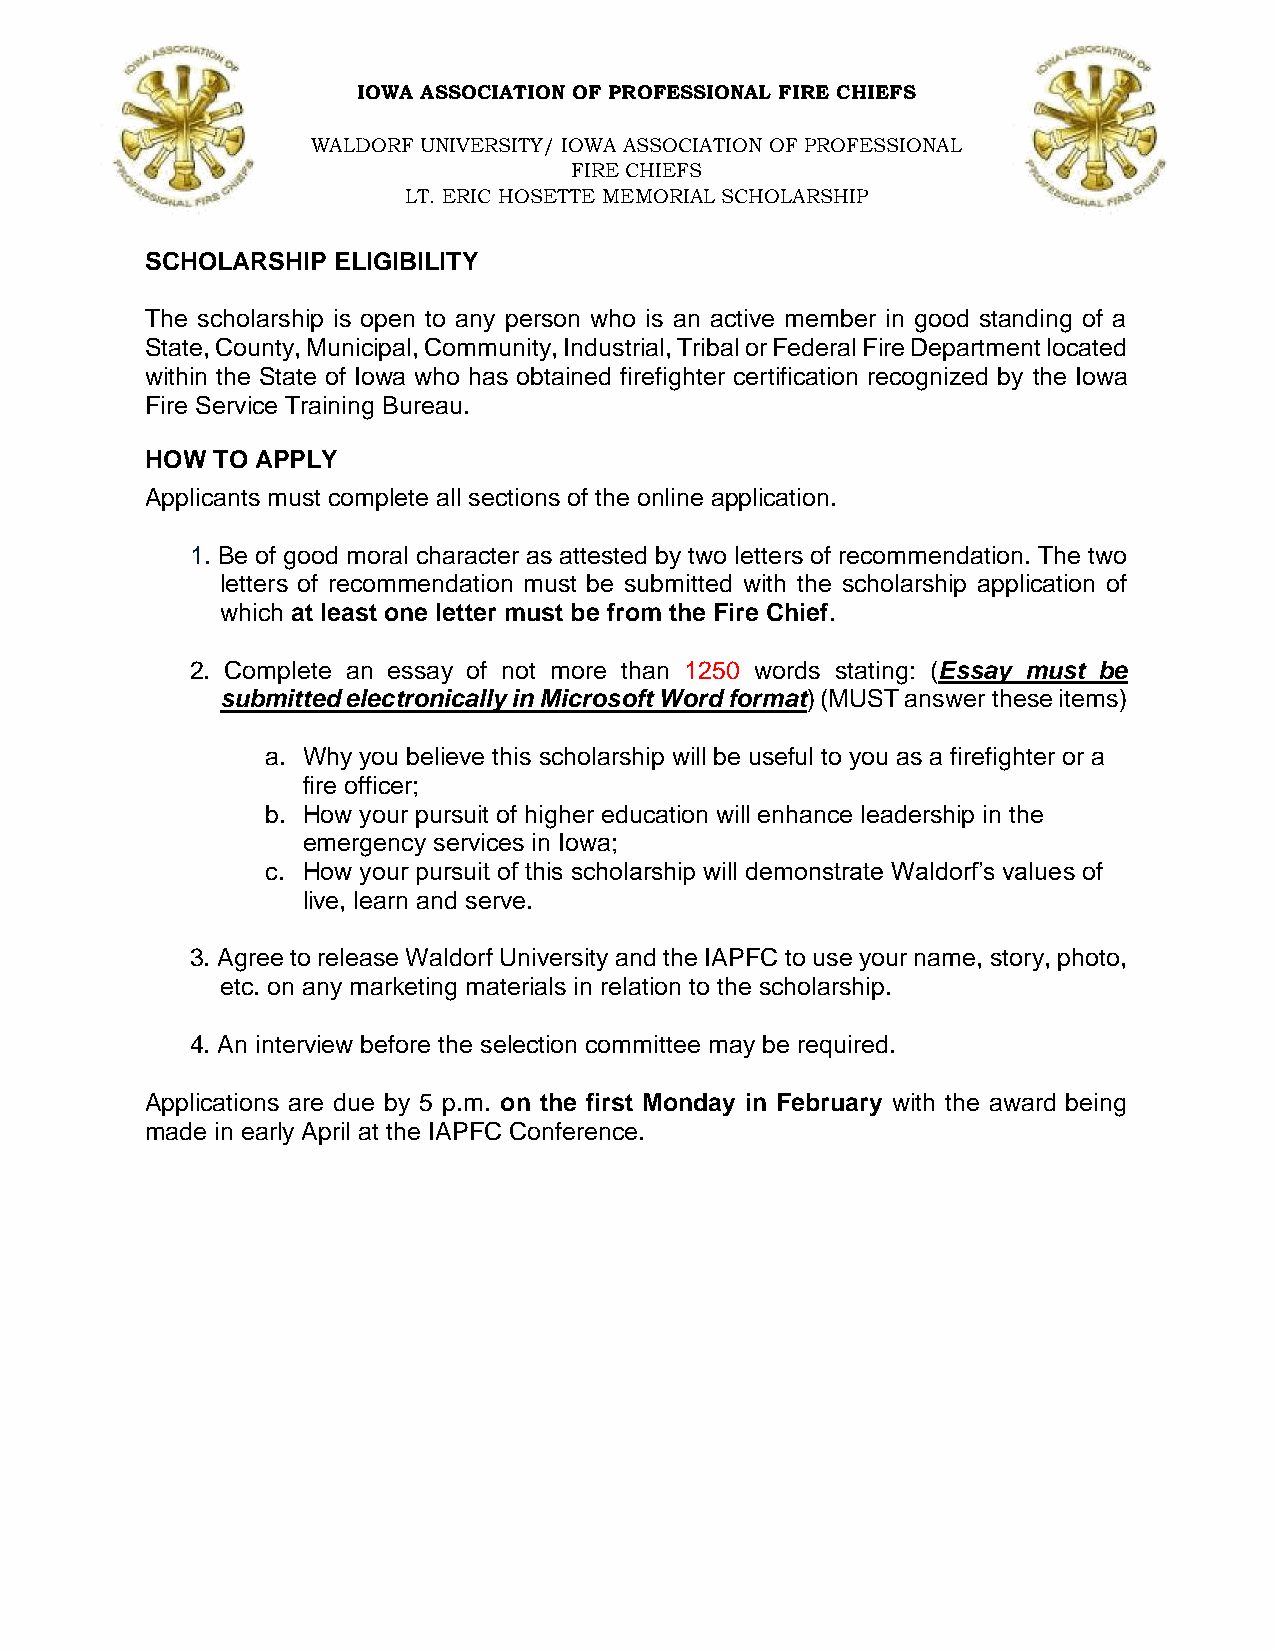
IOWA ASSOCIATION OF PROFESSIONAL FIRE CHIEFS
 WALDORF UNIVERSITY/ IOWA ASSOCIATION OF PROFESSIONAL
 FIRE CHIEFS
 LT. ERIC HOSETTE MEMORIAL SCHOLARSHIP
 SCHOLARSHIP ELIGIBILITY
 The scholarship is open to any person who is an active member in good standing of a
 State, County, Municipal, Community, Industrial, Tribal or Federal Fire Department located
 within the State of Iowa who has obtained firefighter certification recognized by the Iowa
 Fire Service Training Bureau.
 HOW TO APPLY
 Applicants must complete all sections of the online application.
 1. Be of good moral character as attested by two letters of recommendation. The two
 letters of recommendation must be submitted with the scholarship application of
 which at least one letter must be from the Fire Chief.
 2. Complete an essay of not more than 1250 words stating: (Essay must be
 submitted electronically in Microsoft Word format) (MUST answer these items)
 a. Why you believe this scholarship will be useful to you as a firefighter or a
 fire officer;
 b. How your pursuit of higher education will enhance leadership in the
 emergency services in Iowa;
 c. How your pursuit of this scholarship will demonstrate Waldorf’s values of
 live, learn and serve.
 3. Agree to release Waldorf University and the IAPFC to use your name, story, photo,
 etc. on any marketing materials in relation to the scholarship.
 4. An interview before the selection committee may be required.
 Applications are due by 5 p.m. on the first Monday in February with the award being
 made in early April at the IAPFC Conference.